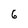
Character: 6